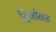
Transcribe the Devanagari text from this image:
ट्रिगोनस